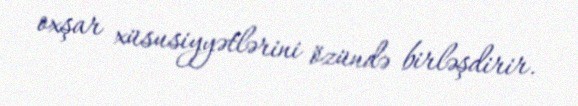
oxşar xüsusiyyətlərini özündə birləşdirir.